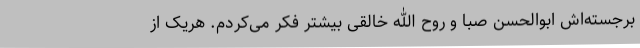
برجسته‌اش ابوالحسن صبا و روح الله خالقی بیشتر فکر می‌کردم. هریک از